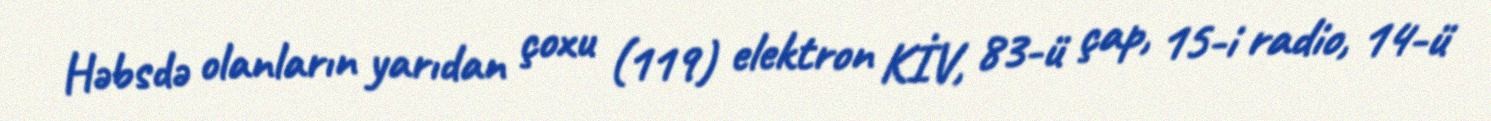
Həbsdə olanların yarıdan çoxu (119) elektron KİV, 83-ü çap, 15-i radio, 14-ü